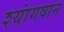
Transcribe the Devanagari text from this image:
श्यांगषान